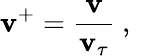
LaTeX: \mathbf{v}^{+}=\frac{{\mathbf{{\mathbf{v}}}}}{{\mathbf{v}_{\tau}}}\mathrm{{~,~}}